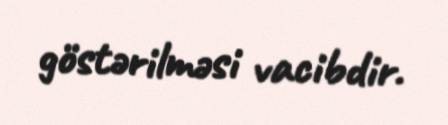
göstərilməsi vacibdir.